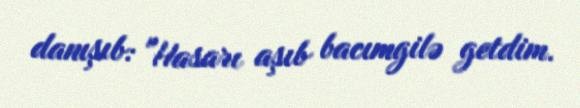
danışıb: "Hasarı aşıb bacımgilə getdim.